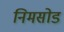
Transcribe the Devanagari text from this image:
निमसोड